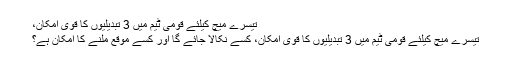
تیسرے میچ کیلئے قومی ٹیم میں 3 تبدیلیوں کا قوی امکان،
تیسرے میچ کیلئے قومی ٹیم میں 3 تبدیلیوں کا قوی امکان، کسے نکالا جائے گا اور کسے موقع ملنے کا امکان ہے؟